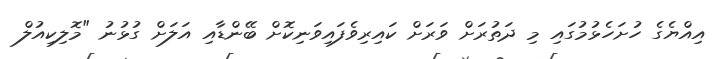
އިއްޔެގެ ހުށަހެޅުމުގައި މި ދަތުރަށް ވަރަށް ކައިރިވެފައިވަނިކޮށް ބޭންޑާއި އަލަށް ގުޅުނު "މޮލިކިއުލް